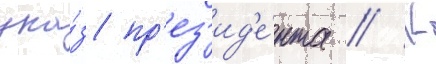
ука́з пр'ез'ид'е́нта // К